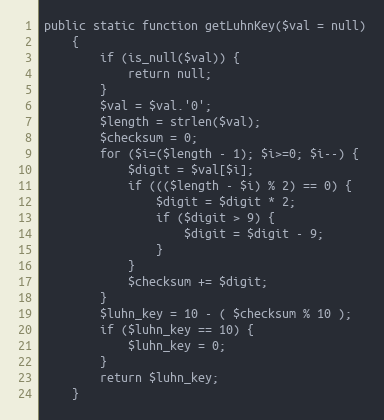
Language: PHP
public static function getLuhnKey($val = null)
    {
        if (is_null($val)) {
            return null;
        }
        $val = $val.'0';
        $length = strlen($val);
        $checksum = 0;
        for ($i=($length - 1); $i>=0; $i--) {
            $digit = $val[$i];
            if ((($length - $i) % 2) == 0) {
                $digit = $digit * 2;
                if ($digit > 9) {
                    $digit = $digit - 9;
                }
            }
            $checksum += $digit;
        }
        $luhn_key = 10 - ( $checksum % 10 );
        if ($luhn_key == 10) {
            $luhn_key = 0;
        }
        return $luhn_key;
    }